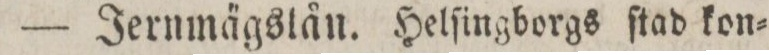
— Jernmägslån. Helſingborgs ſtad kon=